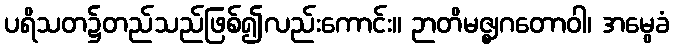
ပရိသတ၌တည်သည်ဖြစ်၍လည်းကောင်း။ ဉာတိမဇ္ဈဂတောဝါ၊ အမွေခံ